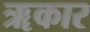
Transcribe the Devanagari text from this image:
ॠकार